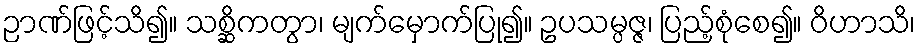
ဉာဏ်ဖြင့်သိ၍။ သစ္ဆိကတွာ၊ မျက်မှောက်ပြု၍။ ဥပသမ္ပဇ္ဇ၊ ပြည့်စုံစေ၍။ ဝိဟာသိ၊